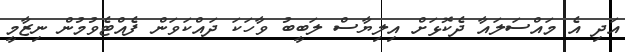
އަދި އެ މައްސަލައާ ދެކޮޅަށް އިލިޔާސް ލަބީބު ވާހަކަ ދައްކަވަން ފެއްޓެވުމުން ނިޒާމީ